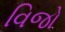
વિજો